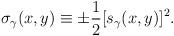
LaTeX: \begin{align*}\sigma_\gamma(x,y) \equiv \pm{1\over2} [s_\gamma(x,y)]^2.\end{align*}